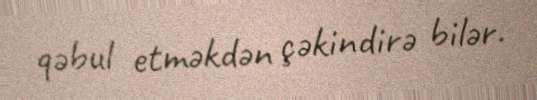
qəbul etməkdən çəkindirə bilər.